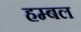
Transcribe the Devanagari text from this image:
हम्बल